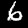
Digit: 6